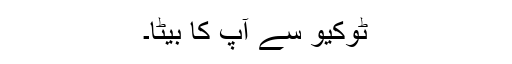
ٹوکیو سے آپ کا بیٹا۔